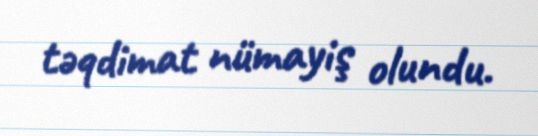
təqdimat nümayiş olundu.